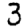
Digit: 3